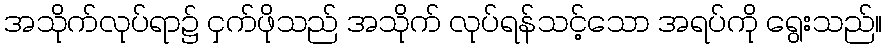
အသိုက်လုပ်ရာ၌ ငှက်ဖိုသည် အသိုက် လုပ်ရန်သင့်သော အရပ်ကို ရွေးသည်။